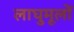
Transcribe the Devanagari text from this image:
लाघुमूलों